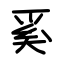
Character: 奚